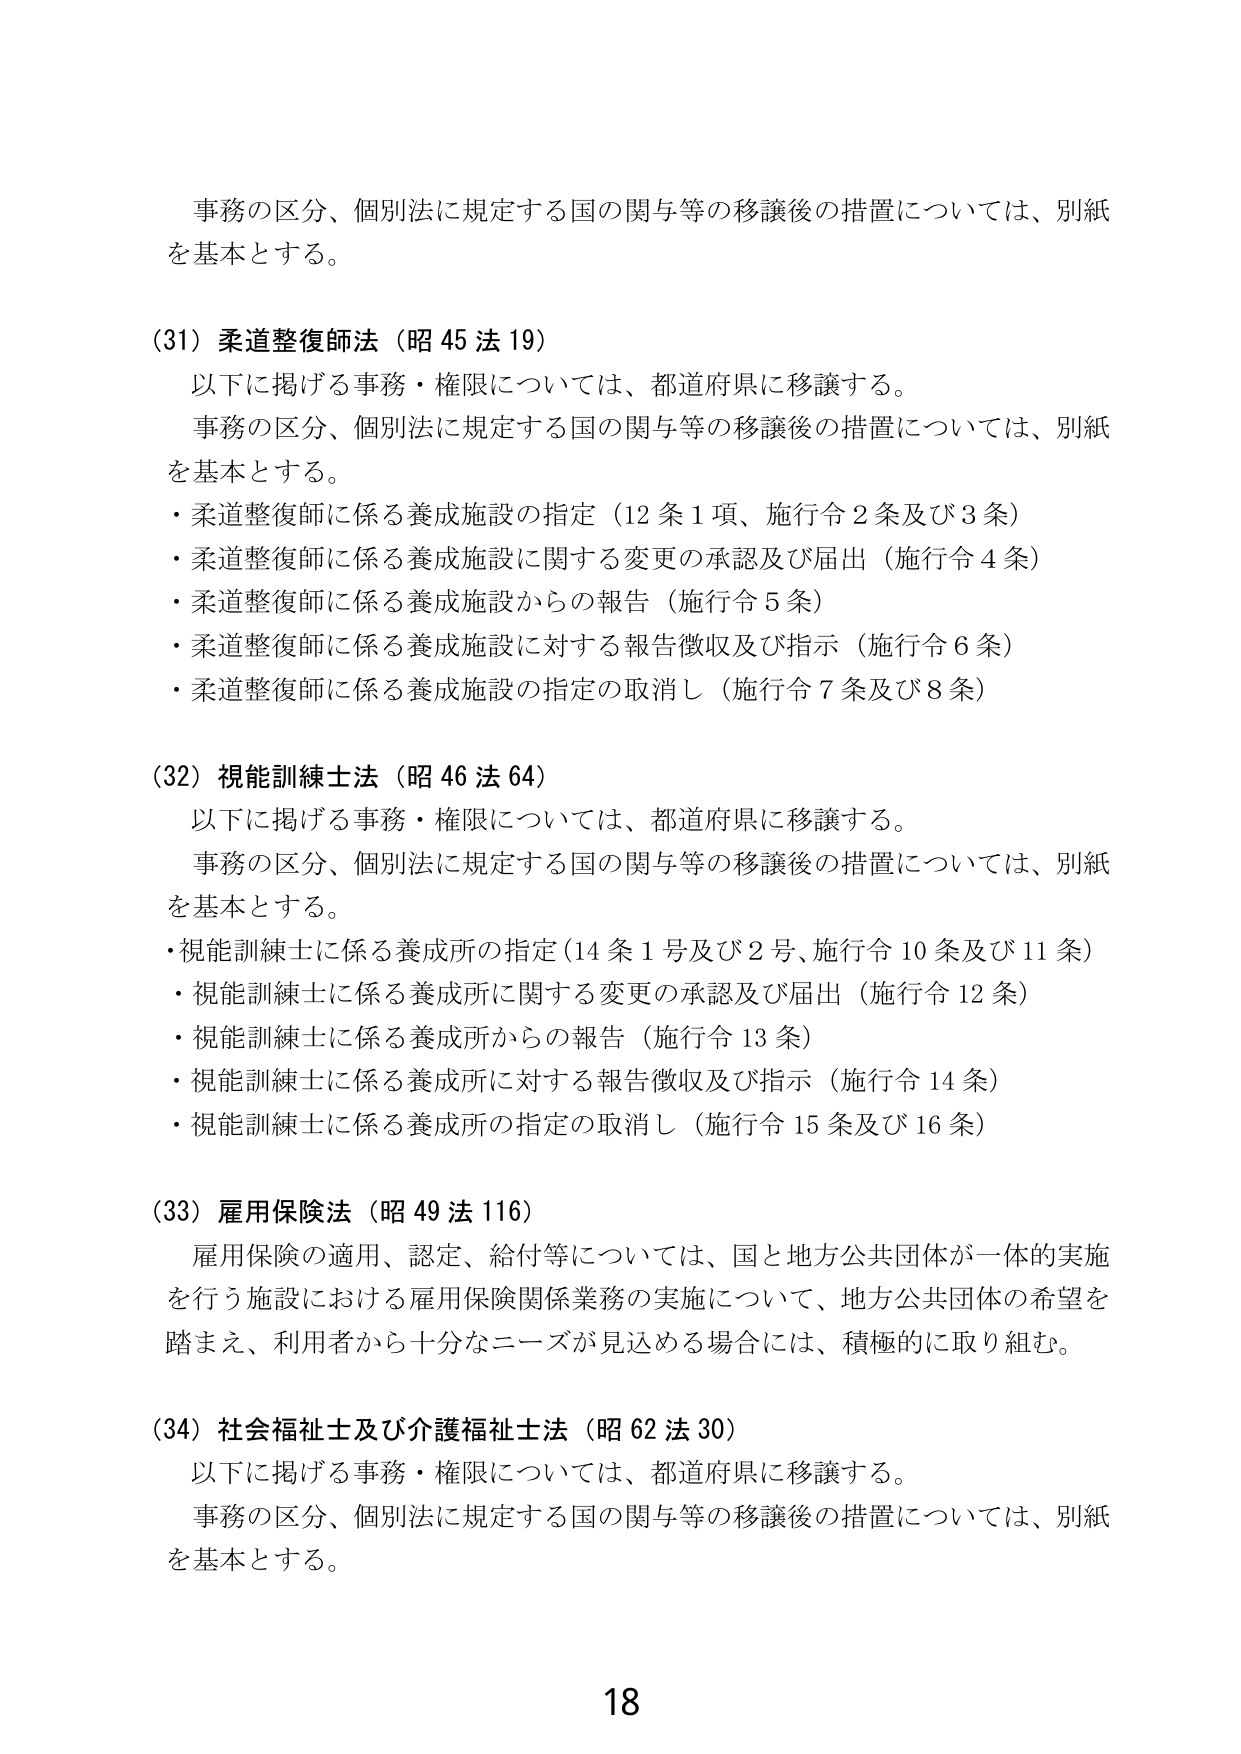
事務の区分、個別法に規定する国の関与等の移譲後の措置については、別紙を基本とする。

(31) 柔道整復師法（昭 45 法 19）
以下に掲げる事務・権限については、都道府県に移譲する。
事務の区分、個別法に規定する国の関与等の移譲後の措置については、別紙を基本とする。
・柔道整復師に係る養成施設の指定（12 条 1 項、施行令 2 条及び 3 条）
・柔道整復師に係る養成施設に関する変更の承認及び届出（施行令 4 条）
・柔道整復師に係る養成施設からの報告（施行令 5 条）
・柔道整復師に係る養成施設に対する報告徴収及び指示（施行令 6 条）
・柔道整復師に係る養成施設の指定の取消し（施行令 7 条及び 8 条）

(32) 視能訓練士法（昭 46 法 64）
以下に掲げる事務・権限については、都道府県に移譲する。
事務の区分、個別法に規定する国の関与等の移譲後の措置については、別紙を基本とする。
・視能訓練士に係る養成所の指定（14 条 1 号及び 2 号、施行令 10 条及び 11 条）
・視能訓練士に係る養成所に関する変更の承認及び届出（施行令 12 条）
・視能訓練士に係る養成所からの報告（施行令 13 条）
・視能訓練士に係る養成所に対する報告徴収及び指示（施行令 14 条）
・視能訓練士に係る養成所の指定の取消し（施行令 15 条及び 16 条）

(33) 雇用保険法（昭 49 法 116）
雇用保険の適用、認定、給付等については、国と地方公共団体が一体的実施を行う施設における雇用保険関係業務の実施について、地方公共団体の希望を踏まえ、利用者から十分なニーズが見込める場合には、積極的に取り組む。

(34) 社会福祉士及び介護福祉士法（昭 62 法 30）
以下に掲げる事務・権限については、都道府県に移譲する。
事務の区分、個別法に規定する国の関与等の移譲後の措置については、別紙を基本とする。

18